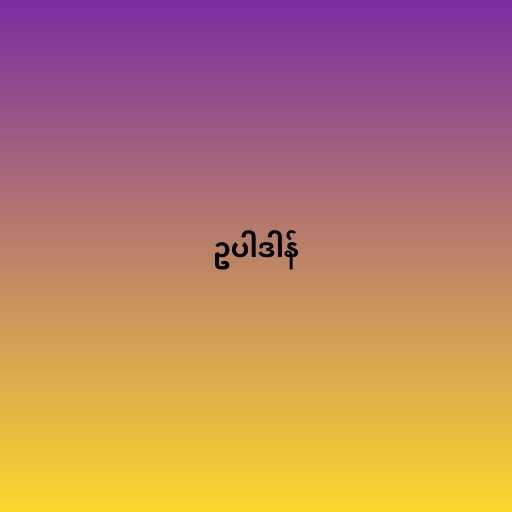
ဥပါဒါန်